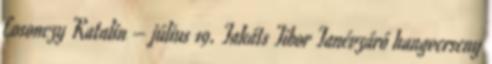
Losonczy Katalin – július 19. Takáts Tibor Tanévzáró hangverseny